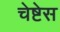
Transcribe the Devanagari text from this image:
चेष्टेस